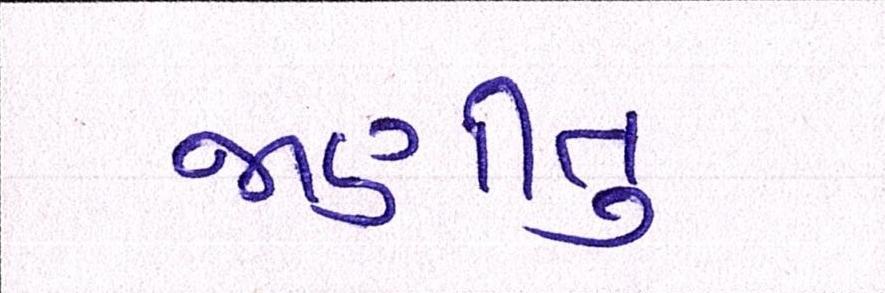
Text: જાણીતુ